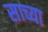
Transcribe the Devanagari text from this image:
साच्या